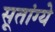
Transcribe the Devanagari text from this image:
सूतांग्ये